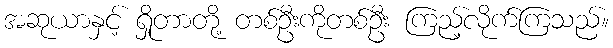
အဆုယာနှင့် ရှိုတာတို့ တစ်ဦးကိုတစ်ဦး ကြည့်လိုက်ကြသည်။